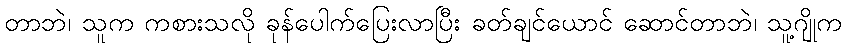
တာဘဲ၊ သူက ကစားသလို ခုန်ပေါက်ပြေးလာပြီး ခတ်ချင်ယောင် ဆောင်တာဘဲ၊ သူ့ဂျိုက